Annual administration report of the Civil Veterinary Department of India - 1897-1898
Year: 1897
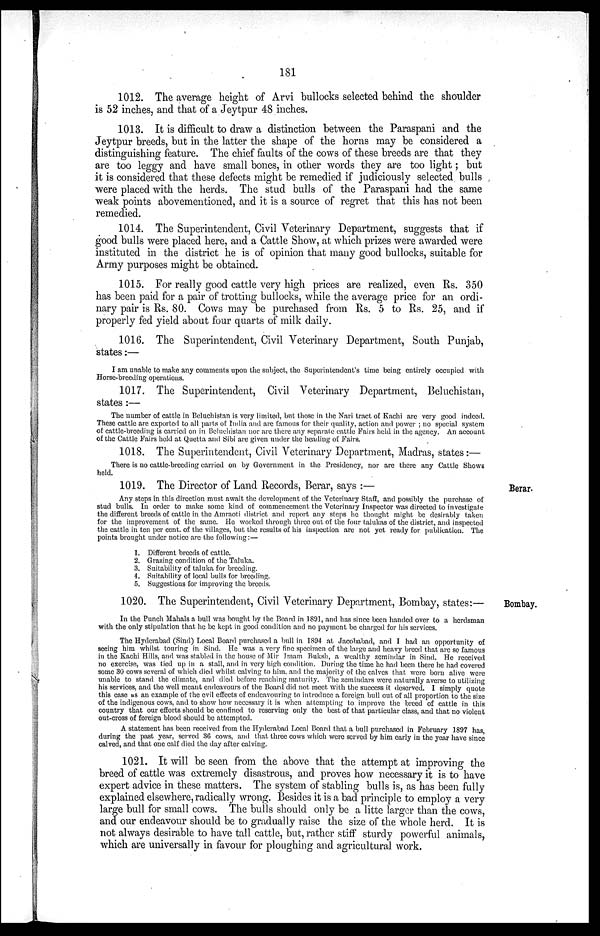
181
1012. The average height of Arvi bullocks selected behind the shoulder
is 52 inches, and that of a Jeytpur 48 inches.
1013. It is difficult to draw a distinction between the Paraspani and the
Jeytpur breeds, but in the latter the shape of the horns may be considered a
distinguishing feature. The chief faults of the cows of these breeds are that they
are too leggy and have small bones, in other words they are too light; but
it is considered that these defects might be remedied if judiciously selected bulls
were placed with the herds. The stud bulls of the Paraspani had the same
weak points abovementioned, and it is a source of regret that this has not been
remedied.
1014. The Superintendent, Civil Veterinary Department, suggests that if
good bulls were placed here, and a Cattle Show, at which prizes were awarded were
instituted in the district he is of opinion that many good bullocks, suitable for
Army purposes might be obtained.
1015. For really good cattle very high prices are realized, even Rs. 350
has been paid for a pair of trotting bullocks, while the average price for an ordi-
nary pair is Rs. 80. Cows may be purchased from Rs. 5 to Rs. 25, and if
properly fed yield about four quarts of milk daily.
1016. The Superintendent, Civil Veterinary Department, South Punjab,
states:—
I am unable to make any comments upon the subject, the Superintendent's time being entirely occupied with
Horse-breeding operations.
1017. The Superintendent, Civil Veterinary Department, Beluchistan,
states:—
The number of cattle in Beluchistan is very limited, but those in the Nari tract of Kachi are very good indeed.
These cattle are exported to all parts of India and are famous for their quality, action and power; no special system
of cattle-breeding is carried on in Beluchistan nor are there any separate cattle Fairs held in the agency. An account
of the Cattle Fairs held at Quetta and Sibi are given under the heading of Fairs.
1018. The Superintendent, Civil Veterinary Department, Madras, states:—
There is no cattle-breeding carried on by Government in the Presidency, nor are there any Cattle Shows
held.
Berar.
1019. The Director of Land Records, Berar, says:—
Any steps in this direction must await the development of the Veterinary Staff, and possibly the purchase of
stud bulls. In order to make some kind of commencement the Veterinary Inspector was directed to investigate
the different breeds of cattle in the Amraoti district and report any steps he thought might be desirably taken
for the improvement of the same. He worked through three out of the four talukas of the district, and inspected
the cattle in ten per cent. of the villages, but the results of his inspection are not yet ready for publication. The
points brought under notice are the following:—
1. Different breeds of cattle.
2. Grazing condition of the Taluka.
3. Suitability of taluka for breeding.
4. Suitability of local bulls for breeding.
5. Suggestions for improving the breeds.
Bombay.
1020. The Superintendent, Civil Veterinary Department, Bombay, states:—
In the Punch Mahals a bull was bought by the Board in 1891, and has since been handed over to a herdsman
with the only stipulation that he be kept in good condition and no payment be charged for his services.
The Hyderabad (Sind) Local Board purchased a bull in 1894 at Jacobabad, and I had an opportunity of
seeing him whilst touring in Sind. He was a very fine specimen of the large and heavy breed that are so famous
in the Kachi Hills, and was stabled in the house of Mir Imam Buksh, a wealthy zemindar in Sind. He received
no exercise, was tied up in a stall, and in very high condition. During the time he had been there he had covered
some 30 cows several of which died whilst calving to him. and the majority of the calves that were born alive were
unable to stand the climate, and died before reaching maturity. The zemindars were naturally averse to utilizing
his services, and the well meant endeavours of the Board did not meet with the success it deserved. I simply quote
this case us an example of the evil effects of endeavouring to introduce a foreign bull out of all proportion to the size
of the indigenous cows, and to show how necessary it is when attempting to improve the breed of cattle in this
country that our efforts should be confined to reserving only the best of that particular class, and that no violent
out-cross of foreign blood should be attempted.
A statement has been received from the Hyderabad Local Board that a bull purchased in February 1897 has
during the past year, served 36 cows, and that three cows which were served by him early in the year have since
calved, and that one calf died the day after calving.
1021. It will be seen from the above that the attempt at improving the
breed of cattle was extremely disastrous, and proves how necessary it is to have
expert advice in these matters. The system of stabling bulls is, as has been fully
explained elsewhere, radically wrong. Besides it is a bad principle to employ a very
large bull for small cows. The bulls should only be a litte larger than the cows,
and our endeavour should be to gradually raise the size of the whole herd. It is
not always desirable to have tall cattle, but, rather stiff sturdy powerful animals,
which are universally in favour for ploughing and agricultural work.